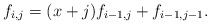
\begin{align*}f_{i,j}=(x+j)f_{i-1,j}+f_{i-1,j-1}.\end{align*}